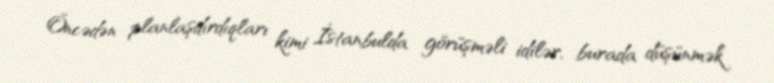
Öncədən planlaşdırdıqları kimi İstanbulda görüşməli idilər, burada düşünmək